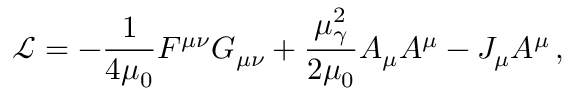
\mathcal { L } = - \frac { 1 } { 4 \mu _ { 0 } } F ^ { \mu \nu } G _ { \mu \nu } + \frac { \mu _ { \gamma } ^ { 2 } } { 2 \mu _ { 0 } } A _ { \mu } A ^ { \mu } - J _ { \mu } A ^ { \mu } \, ,